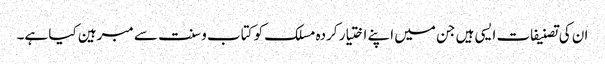
ان کی تصنیفات ایسی ہیں جن میں اپنے اختیار کردہ مسلک کو کتاب و سنت سے مبرہین کیا ہے۔